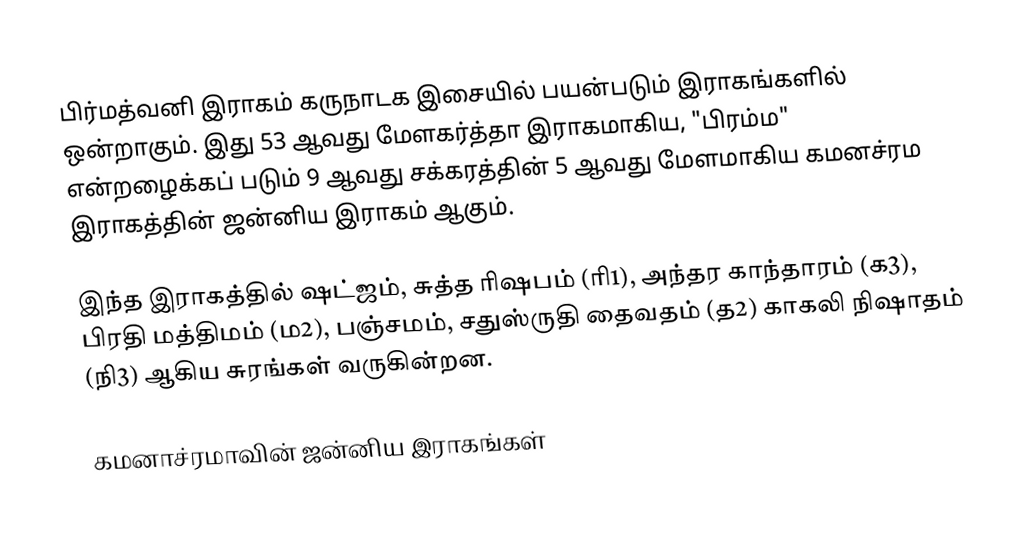
பிர்மத்வனி இராகம் கருநாடக இசையில் பயன்படும் இராகங்களில் ஒன்றாகும். இது 53 ஆவது மேளகர்த்தா இராகமாகிய, "பிரம்ம" என்றழைக்கப் படும் 9 ஆவது சக்கரத்தின் 5 ஆவது மேளமாகிய கமனச்ரம இராகத்தின் ஜன்னிய இராகம் ஆகும்.

இந்த இராகத்தில் ஷட்ஜம், சுத்த ரிஷபம் (ரி1),  அந்தர காந்தாரம் (க3), பிரதி மத்திமம் (ம2), பஞ்சமம்,  சதுஸ்ருதி தைவதம் (த2) காகலி நிஷாதம்  (நி3) ஆகிய சுரங்கள் வருகின்றன.

கமனாச்ரமாவின் ஜன்னிய இராகங்கள்